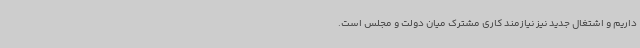
داریم و اشتغال جدید نیز نیازمند کاری مشترک میان دولت و مجلس است.